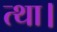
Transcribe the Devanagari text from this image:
त्था।